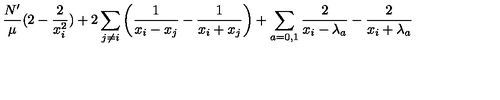
\frac { N ^ { \prime } } { \mu } ( 2 - \frac 2 { x _ { i } ^ { 2 } } ) + 2 \sum _ { j \neq i } \left( \frac 1 { x _ { i } - x _ { j } } - \frac 1 { x _ { i } + x _ { j } } \right) + \sum _ { a = 0 , 1 } \frac 2 { x _ { i } - \lambda _ { a } } - \frac 2 { x _ { i } + \lambda _ { a } }